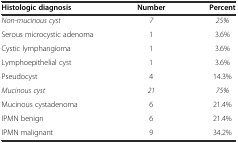
<table><thead><tr><td><b>Histologic diagnosis</b></td><td><b>Number</b></td><td><b>Percent</b></td></tr></thead><tbody><tr><td><i>Non-mucinous cyst</i></td><td><i>7</i></td><td><i>25%</i></td></tr><tr><td>Serous microcystic adenoma</td><td>1</td><td>3.6%</td></tr><tr><td>Cystic lymphangioma</td><td>1</td><td>3.6%</td></tr><tr><td>Lymphoepithelial cyst</td><td>1</td><td>3.6%</td></tr><tr><td>Pseudocyst</td><td>4</td><td>14.3%</td></tr><tr><td><i>Mucinous cyst</i></td><td><i>21</i></td><td><i>75%</i></td></tr><tr><td>Mucinous cystadenoma</td><td>6</td><td>21.4%</td></tr><tr><td>IPMN benign</td><td>6</td><td>21.4%</td></tr><tr><td>IPMN malignant</td><td>9</td><td>34.2%</td></tr></tbody></table>